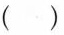
（）